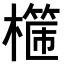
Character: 𣛈